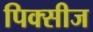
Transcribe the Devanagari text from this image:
पिक्सीज